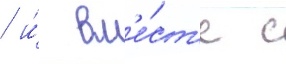
/ и́ вм'е́ст'е с